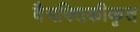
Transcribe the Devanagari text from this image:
वैयक्तिकीकृत